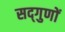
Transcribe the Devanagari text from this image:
सद्‌गुणों